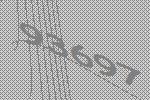
93697